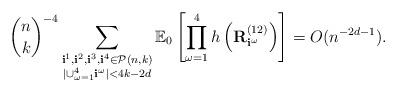
LaTeX: \begin{align*}{n \choose k}^{-4} \sum_{ \substack{\mathbf{i}^1, \mathbf{i}^2, \mathbf{i}^3, \mathbf{i}^4 \in\mathcal{P}(n, k)\\|\cup_{\omega = 1}^4 \mathbf{i}^\omega |< 4k - 2d}} \mathbb{E}_0 \left[ \prod_{\omega = 1}^4h\left(\mathbf{R}^{(1 2)}_{\mathbf{i}^\omega}\right) \right] = O(n^{-2d- 1}).\end{align*}